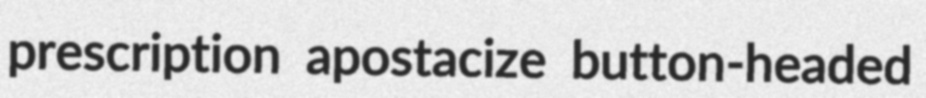
prescription apostacize button-headed